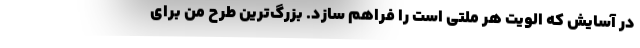
در آسایش که الویت هر ملتی است را فراهم سازد. بزرگ‌ترین طرح من برای